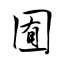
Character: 囿